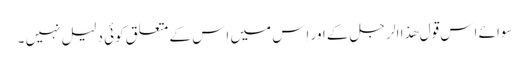
سوائے اِس قول ھذا الر جل کے اور اِس میں اِس کے متعلق کوئی دلیل نہیں ۔